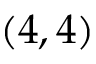
( 4 , 4 )